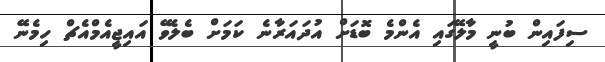
ސިފައިން ބުނީ މާލޭގައި އެންމެ ބޮޑަށް އުދައަރާނެ ކަމަށް ބެލެވޭ އައިޖީއެމްއެޗް ހިމެނޭ